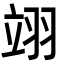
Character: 翊